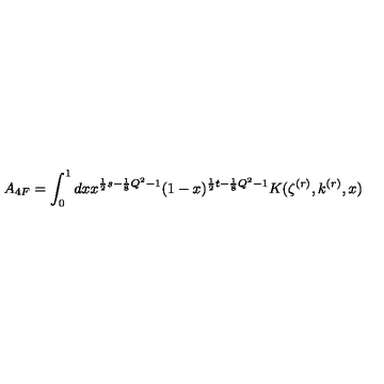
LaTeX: A _ { 4 F } = \int _ { 0 } ^ { 1 } d x x ^ { \frac { 1 } { 2 } s - \frac { 1 } { 8 } Q ^ { 2 } - 1 } ( 1 - x ) ^ { \frac { 1 } { 2 } t - \frac { 1 } { 8 } Q ^ { 2 } - 1 } K ( \zeta ^ { ( r ) } , k ^ { ( r ) } , x )